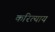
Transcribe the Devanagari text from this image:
करित्याय